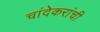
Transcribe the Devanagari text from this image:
चांदेकरांची